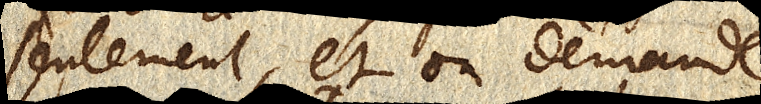
seulement, et on demande